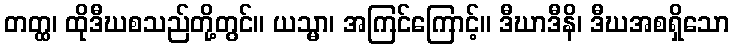
တတ္ထ၊ ထိုဒီဃစသည်တို့တွင်။ ယသ္မာ၊ အကြင်ကြောင့်။ ဒီဃာဒီနိ၊ ဒီဃအစရှိသော